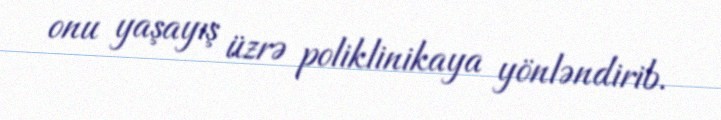
onu yaşayış üzrə poliklinikaya yönləndirib.